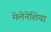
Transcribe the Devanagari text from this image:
मेलेनेशिया